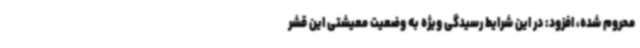
محروم شده، افزود: در این شرایط رسیدگی ویژه به وضعیت معیشتی این قشر